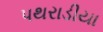
પથરાડીયા